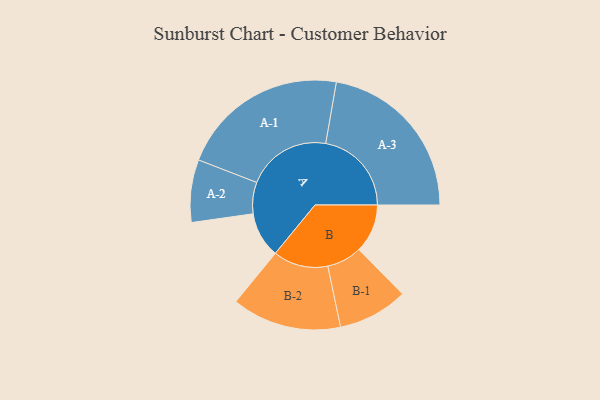
{"axis": {"x": "Segment", "y": "Value"}, "legend": ["", "A", "B"], "data": [{"x": "A", "y": 147, "type": ""}, {"x": "B", "y": 157, "type": ""}, {"x": "A-1", "y": 272, "type": "A"}, {"x": "A-2", "y": 101, "type": "A"}, {"x": "A-3", "y": 277, "type": "A"}, {"x": "B-1", "y": 113, "type": "B"}, {"x": "B-2", "y": 177, "type": "B"}]}